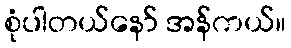
စုံပါတယ်နော် အန်ကယ်။